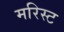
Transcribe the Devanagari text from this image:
मरिस्ट